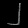
Digit: ၂